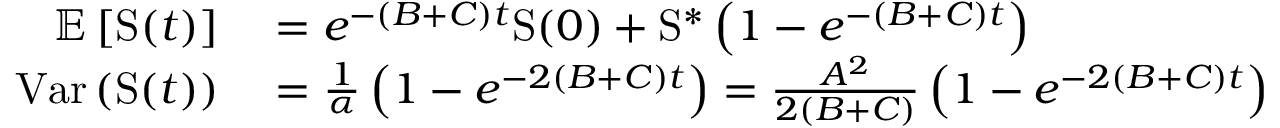
\begin{array} { r l } { \mathbb { E } \left[ \mathrm { S } ( t ) \right] } & { { } = e ^ { - ( B + C ) t } \mathrm { S } ( 0 ) + \mathrm { S } ^ { \ast } \left( 1 - e ^ { - ( B + C ) t } \right) } \\ { \mathrm { V a r } \left( \mathrm { S } ( t ) \right) } & { { } = \frac { 1 } { \alpha } \left( 1 - e ^ { - 2 ( B + C ) t } \right) = \frac { A ^ { 2 } } { 2 ( B + C ) } \left( 1 - e ^ { - 2 ( B + C ) t } \right) } \end{array}